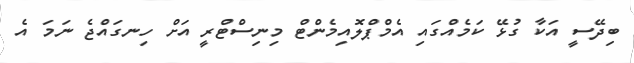
ބިދޭސީ އަކާ ގުޅޭ ކަމެއްގައި އެމްޕްލޮއިމެންޓް މިނިސްޓްރީ އަށް ހިނގައްޖެ ނަމަ އެ